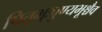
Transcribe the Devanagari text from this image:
पितृभूःपुण्यभूश्चैव